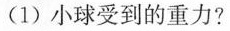
(1)小球受到的重力?